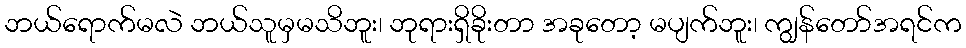
ဘယ်ရောက်မလဲ ဘယ်သူမှမသိဘူး၊ ဘုရားရှိခိုးတာ အခုတော့ မပျက်ဘူး၊ ကျွန်တော်အရင်က